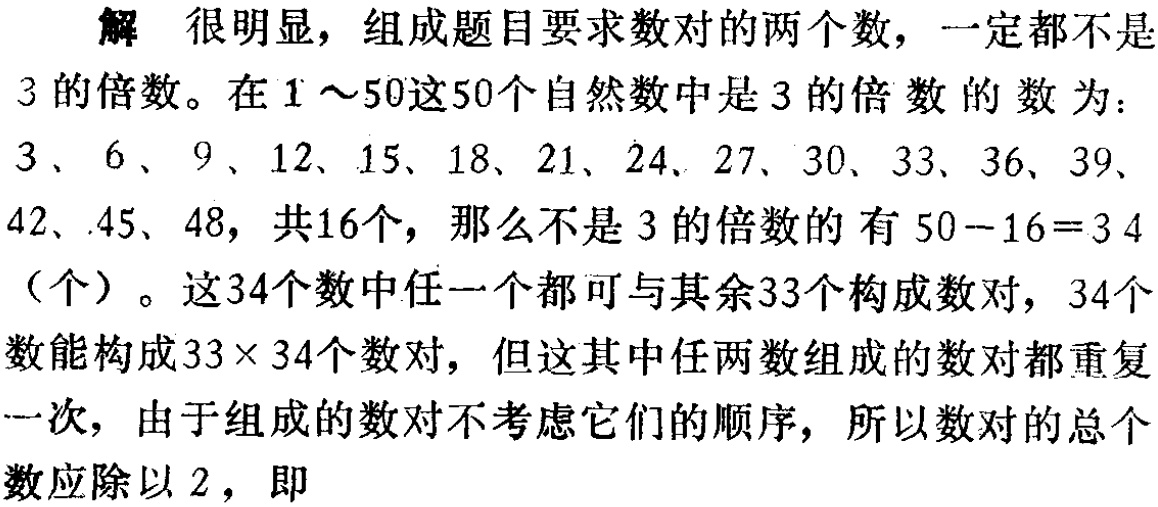
解 很明显，组成题目要求数对的两个数，一定都不是

3 的倍数。在 \(1\sim50\)这50个自然数中是3的倍数的数为：

\(3\)、\(6\)、\(9\)、\(12\)、\(15\)、\(18\)、\(21\)、\(24\)、\(27\)、\(30\)、\(33\)、\(36\)、\(39\)、

\(42\)、\(45\)、\(48\)，共16个，那么不是3的倍数的有 \(50 - 16 = 34\)

（个）。这34个数中任一个都可与其余33个构成数对，34个

数能构成 \(33\times34\)个数对，但这其中任两数组成的数对都重复

一次，由于组成的数对不考虑它们的顺序，所以数对的总个

数应除以2，即